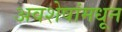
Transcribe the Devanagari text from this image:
अवशेषांमधून